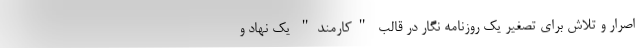
اصرار و تلاش برای تصغیر یک روزنامه نگار در قالب "کارمند" یک نهاد و